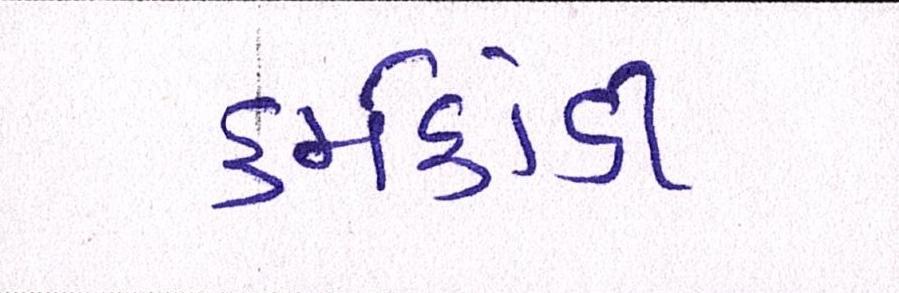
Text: કર્મકાંડી